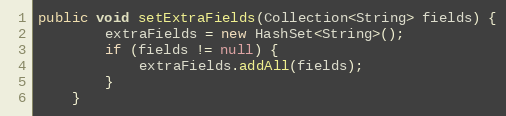
Language: Java
public void setExtraFields(Collection<String> fields) {
        extraFields = new HashSet<String>();
        if (fields != null) {
            extraFields.addAll(fields);
        }
    }